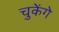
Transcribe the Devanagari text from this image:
चुकेंगे